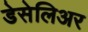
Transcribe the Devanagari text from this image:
डेसेलिअर